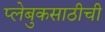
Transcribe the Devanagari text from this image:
प्लेबुकसाठीची